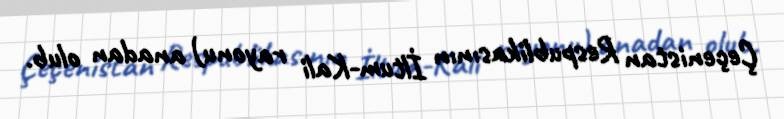
Çeçenistan Respublikasının İltum-Kali rayonu) anadan olub.